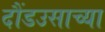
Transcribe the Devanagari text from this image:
दौंडउसाच्या